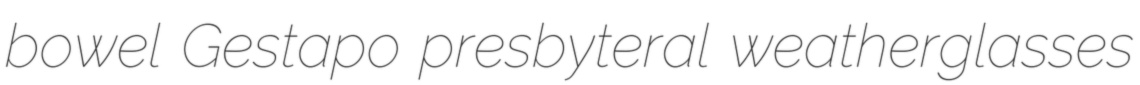
bowel Gestapo presbyteral weatherglasses